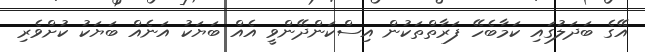
އޭގެ ބަދަލުގައި ކަމާބެހޭ ފަރާތްތަކުން އިސްކަންދޭންވީ އެއް ބަޔަކު އަނެއް ބަޔަކު ކުށްވެރި